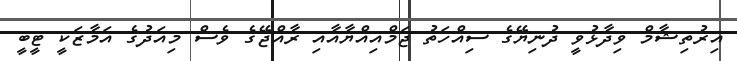
އިރުތިޝާމް ވިދާޅުވީ ދުނިޔޭގެ ސިއްހަތު ޖަމްއިއްޔާއާއި ރާއްޖޭގެ ވެސް މިއަދުގެ އަމާޒަކީ ޓީބީ